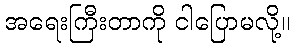
အရေးကြီးတာကို ငါပြောမလို့။